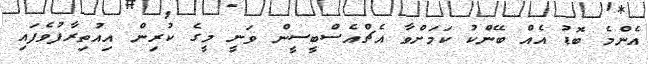
އެންމެ ބޮޑު އެއް ބޭންކު ކަމަށްވާ އެޗްއެސްބީސީން ވަނީ މީގެ ކުރިން އިއުތިރާފުވެފައި